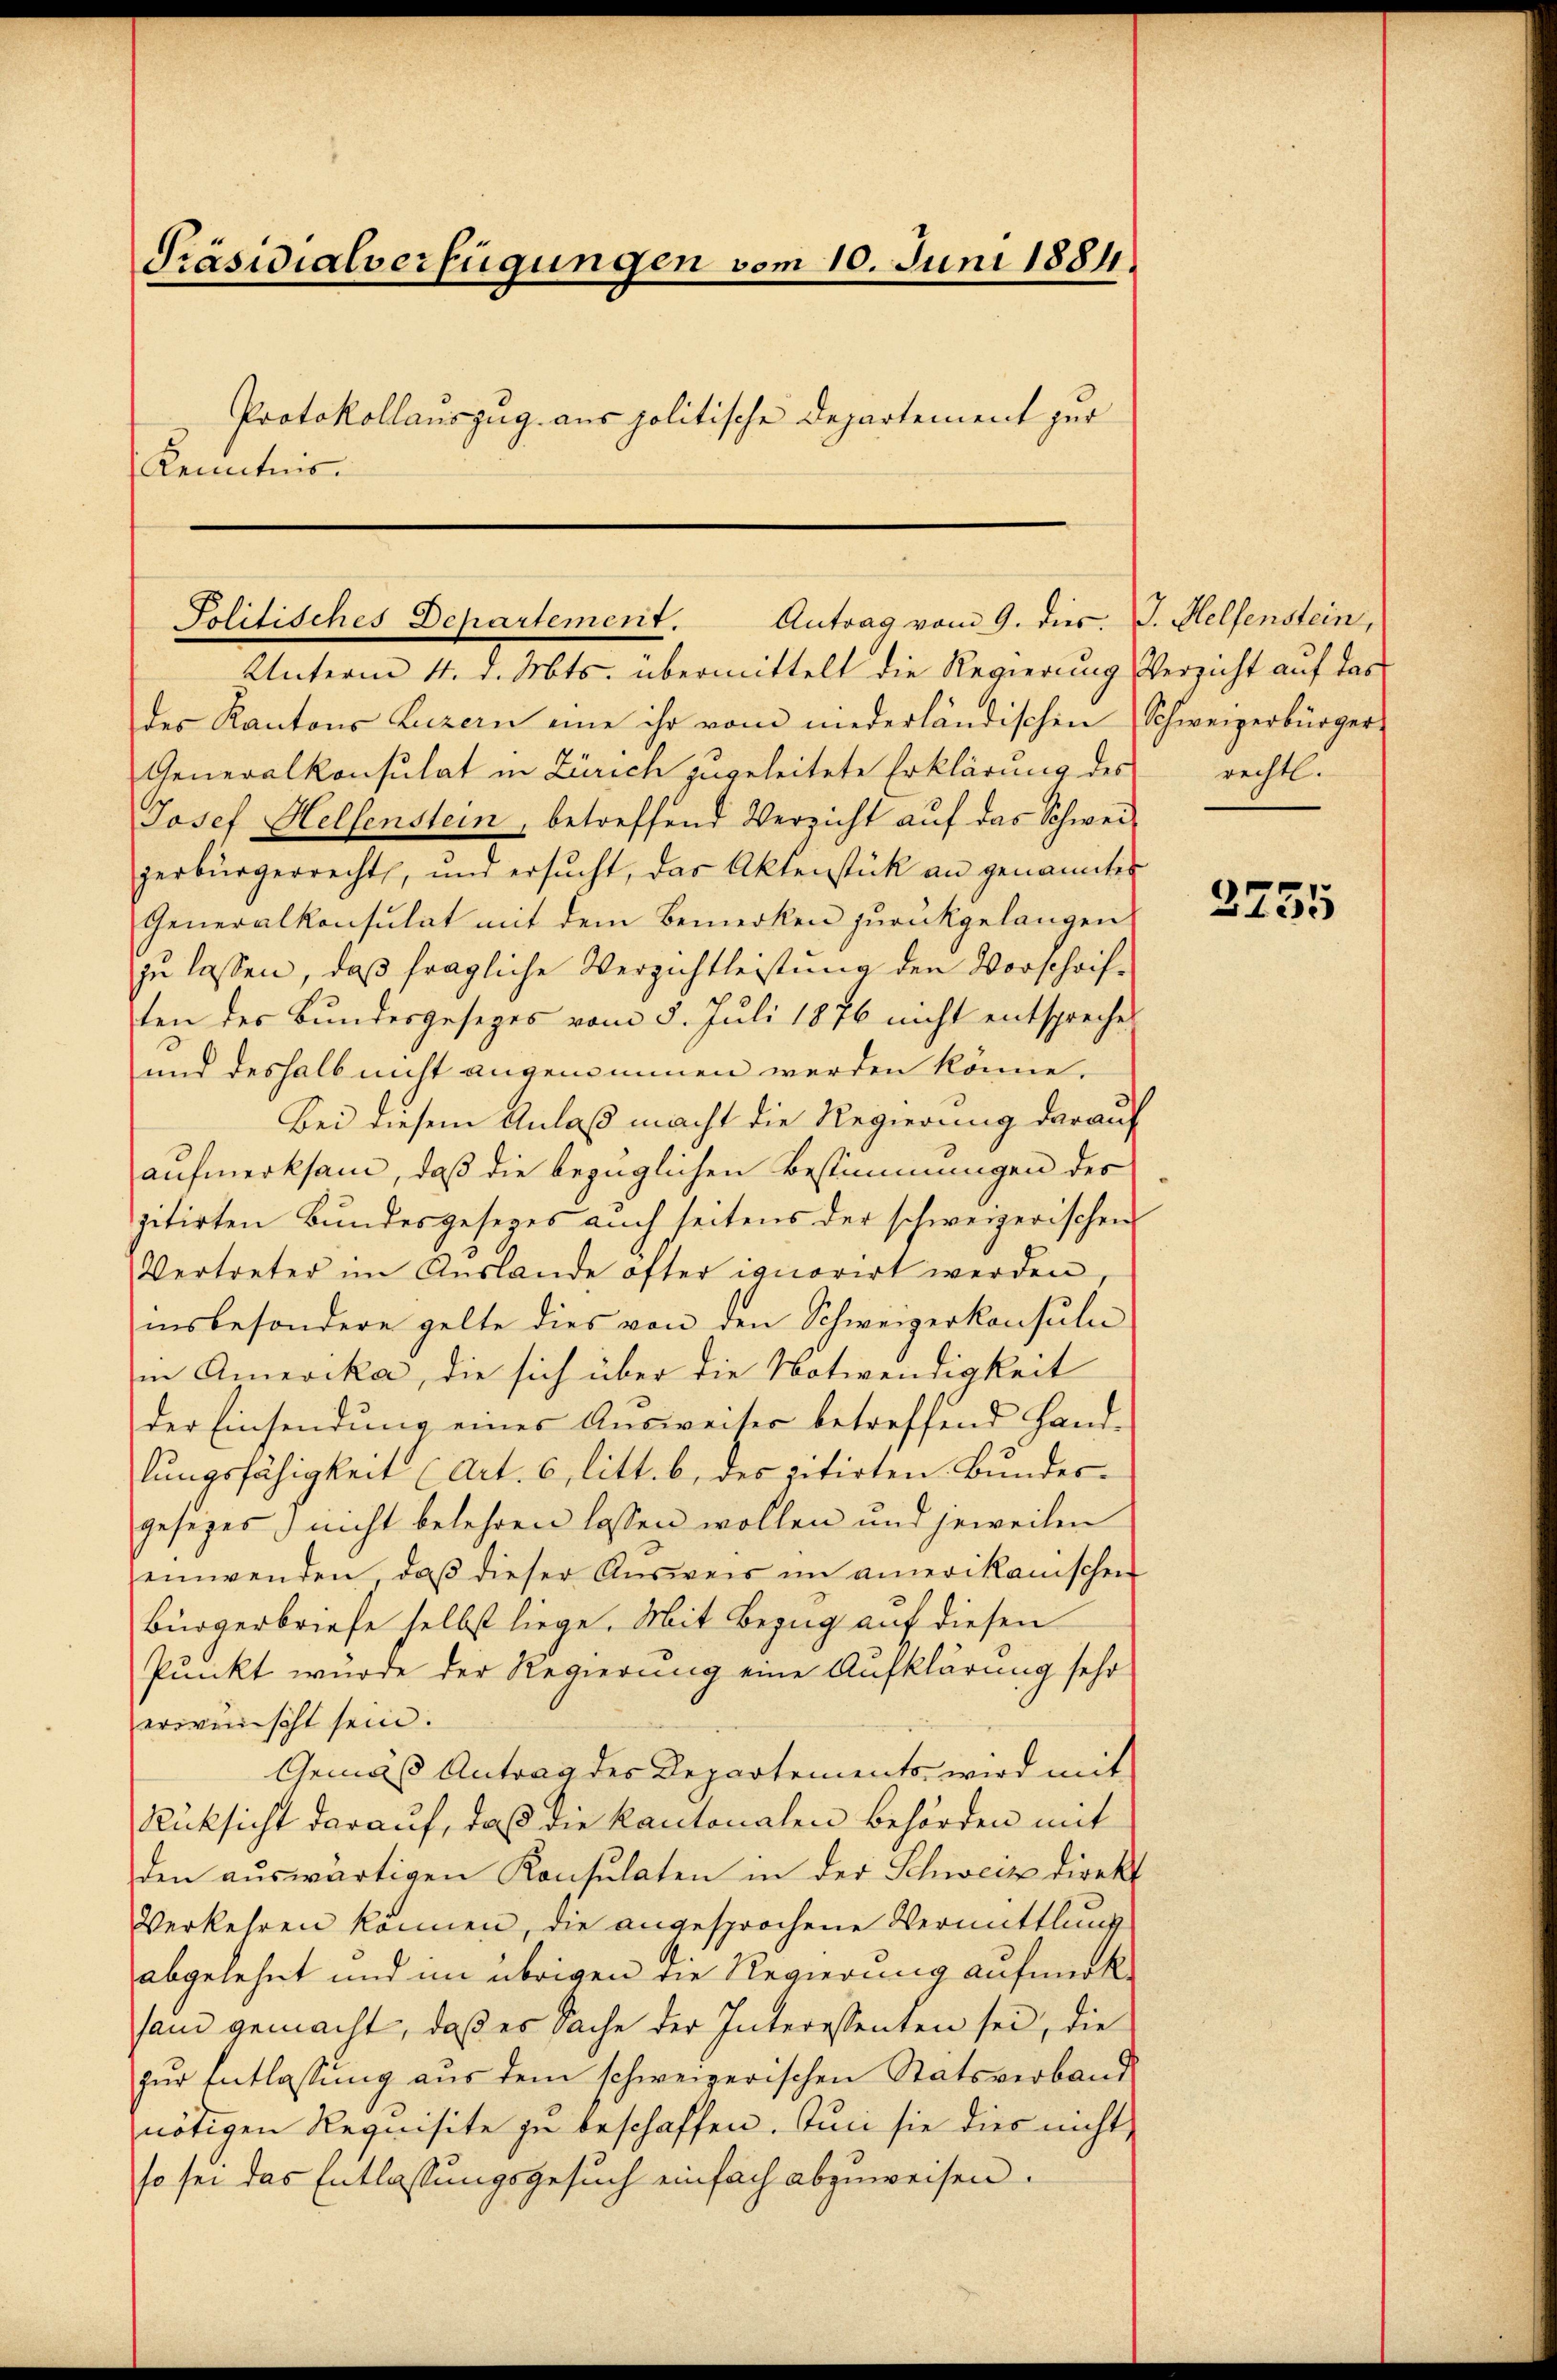
Präsidialverfügungen vom 10. Juni 1881.
Protokollauszug aus politische Departement zur
Kenntnis.

Antrag vom 9. dies. J. Helfenstein,
Politisches Departement.

Unterm 4. d. Mts. übermittelt die Regierung Verzicht auf das
des Kantons Luzern eine ihr vom niederländischen Schweizerbürger-
Generalkonsulat in Zürich zugeleitete Erklärung des
Josef Hellenstein, betreffend Verzicht auf das Schweizerbürgerrecht, und ersŭcht, das Aktenstück an genanntes
Generalkonsulat mit dem Bemerken zurückgelangen
zu lassen, daß fragliche Verzichtleistung den Vorschrif-
ten des Bundesgesezes vom 5. Juli 1876 nicht entsprechen
und deshalb nicht angenommen werden könne,
Bei diesem Anlaß macht die Regierung darauf
aufmerksam, daß die bezüglichen Bestimmungen des
zitirten Bundesgesezes auch seitens der schweizerischen
Vertreter im Auslande öfter ignorirt werden,
insbesondere gelte dies von den Schweizerkonsuln
i Amerika, die sich über die Notwendigkeit
der Einsendŭng eines Aŭsweiser betreffend Hand-
lungsfähigkeit (Art. 6, litt. b, des zitirten Bundesgesezes) nicht belehren lassen wollen und jeweilen
einwenden, daß dieser Ausweis im amerikanischen
Bürgerbriefe selbst liege. Mit Bezug auf diesen
Punkt wurde der Regierung eine Aufklärung sehr
erwünscht sein.
Gemäß Antrag des Departements, wird mit
Rücksicht darauf, daß die kantonalen Behörden mit
den aŭswärtigen Konsulaten in der Schweiz direkt
Verkehren können, die angesprochene Vermittlung
abgelehnt und im übrigen die Regierung aufmerk
san gemacht, daß es Sache der Interessenten sei, die
zur Entlassung aus dem schweizerischen Statsverband
nötigen Requisite zu beschaffen. Juni sie dies nicht
so sei das Entlassungsgesuch einfach abzuweisen.

rechtl.

3755